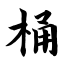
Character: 桶